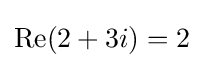
{\textstyle \operatorname {Re} (2+3i)=2}